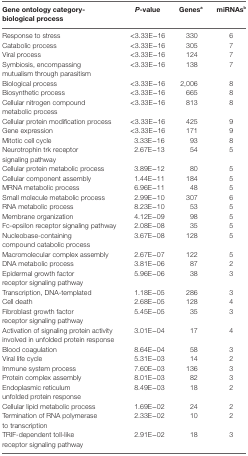
<table><thead><tr><td><b>Gene ontology category-biological process</b></td><td><b><i>P</i>-value</b></td><td><b>Genes<sup>a</sup></b></td><td><b>miRNAs<sup>b</sup></b></td></tr></thead><tbody><tr><td>Response to stress</td><td>&lt;3.33E−16</td><td>330</td><td>6</td></tr><tr><td>Catabolic process</td><td>&lt;3.33E−16</td><td>305</td><td>7</td></tr><tr><td>Viral process</td><td>&lt;3.33E−16</td><td>124</td><td>7</td></tr><tr><td>Symbiosis, encompassing mutualism through parasitism</td><td>&lt;3.33E−16</td><td>138</td><td>7</td></tr><tr><td>Biological process</td><td>&lt;3.33E−16</td><td>2,006</td><td>8</td></tr><tr><td>Biosynthetic process</td><td>&lt;3.33E−16</td><td>665</td><td>8</td></tr><tr><td>Cellular nitrogen compound metabolic process</td><td>&lt;3.33E−16</td><td>813</td><td>8</td></tr><tr><td>Cellular protein modification process</td><td>&lt;3.33E−16</td><td>425</td><td>9</td></tr><tr><td>Gene expression</td><td>&lt;3.33E−16</td><td>171</td><td>9</td></tr><tr><td>Mitotic cell cycle</td><td>3.33E−16</td><td>93</td><td>8</td></tr><tr><td>Neurotrophin trk receptor signaling pathway</td><td>2.67E−13</td><td>54</td><td>5</td></tr><tr><td>Cellular protein metabolic process</td><td>3.89E−12</td><td>80</td><td>5</td></tr><tr><td>Cellular component assembly</td><td>1.44E−11</td><td>184</td><td>5</td></tr><tr><td>MRNA metabolic process</td><td>6.96E−11</td><td>48</td><td>5</td></tr><tr><td>Small molecule metabolic process</td><td>2.99E−10</td><td>307</td><td>6</td></tr><tr><td>RNA metabolic process</td><td>8.23E−10</td><td>53</td><td>5</td></tr><tr><td>Membrane organization</td><td>4.12E−09</td><td>98</td><td>5</td></tr><tr><td>Fc-epsilon receptor signaling pathway</td><td>2.08E−08</td><td>35</td><td>5</td></tr><tr><td>Nucleobase-containing compound catabolic process</td><td>3.67E−08</td><td>128</td><td>5</td></tr><tr><td>Macromolecular complex assembly</td><td>2.67E−07</td><td>122</td><td>5</td></tr><tr><td>DNA metabolic process</td><td>3.81E−06</td><td>87</td><td>2</td></tr><tr><td>Epidermal growth factor receptor signaling pathway</td><td>5.96E−06</td><td>38</td><td>3</td></tr><tr><td>Transcription, DNA-templated</td><td>1.18E−05</td><td>286</td><td>3</td></tr><tr><td>Cell death</td><td>2.68E−05</td><td>128</td><td>4</td></tr><tr><td>Fibroblast growth factor receptor signaling pathway</td><td>5.45E−05</td><td>35</td><td>3</td></tr><tr><td>Activation of signaling protein activity involved in unfolded protein response</td><td>3.01E−04</td><td>17</td><td>4</td></tr><tr><td>Blood coagulation</td><td>8.64E−04</td><td>58</td><td>3</td></tr><tr><td>Viral life cycle</td><td>5.31E−03</td><td>14</td><td>2</td></tr><tr><td>Immune system process</td><td>7.60E−03</td><td>136</td><td>3</td></tr><tr><td>Protein complex assembly</td><td>8.01E−03</td><td>82</td><td>3</td></tr><tr><td>Endoplasmic reticulum unfolded protein response</td><td>8.49E−03</td><td>18</td><td>2</td></tr><tr><td>Cellular lipid metabolic process</td><td>1.69E−02</td><td>24</td><td>2</td></tr><tr><td>Termination of RNA polymerase to transcription</td><td>2.33E−02</td><td>10</td><td>2</td></tr><tr><td>TRIF-dependent toll-like receptor signaling pathway</td><td>2.91E−02</td><td>18</td><td>3</td></tr></tbody></table>